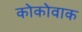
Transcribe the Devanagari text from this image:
कोकोवाक